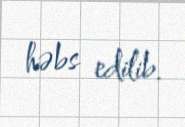
həbs edilib.